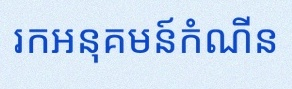
រកអនុគមន៍កំណើន